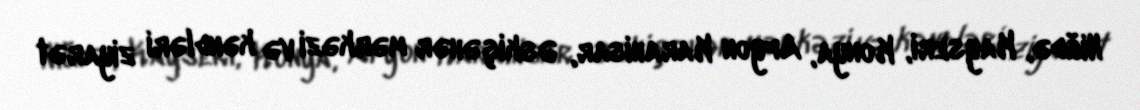
Niğdə, Kayseri, Konya, Afyon Karahisar, Əskişəhər mərkəzi və kəndləri ziyarət